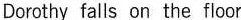
Dorothy falls on the floor